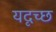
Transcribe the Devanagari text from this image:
यदृच्छ